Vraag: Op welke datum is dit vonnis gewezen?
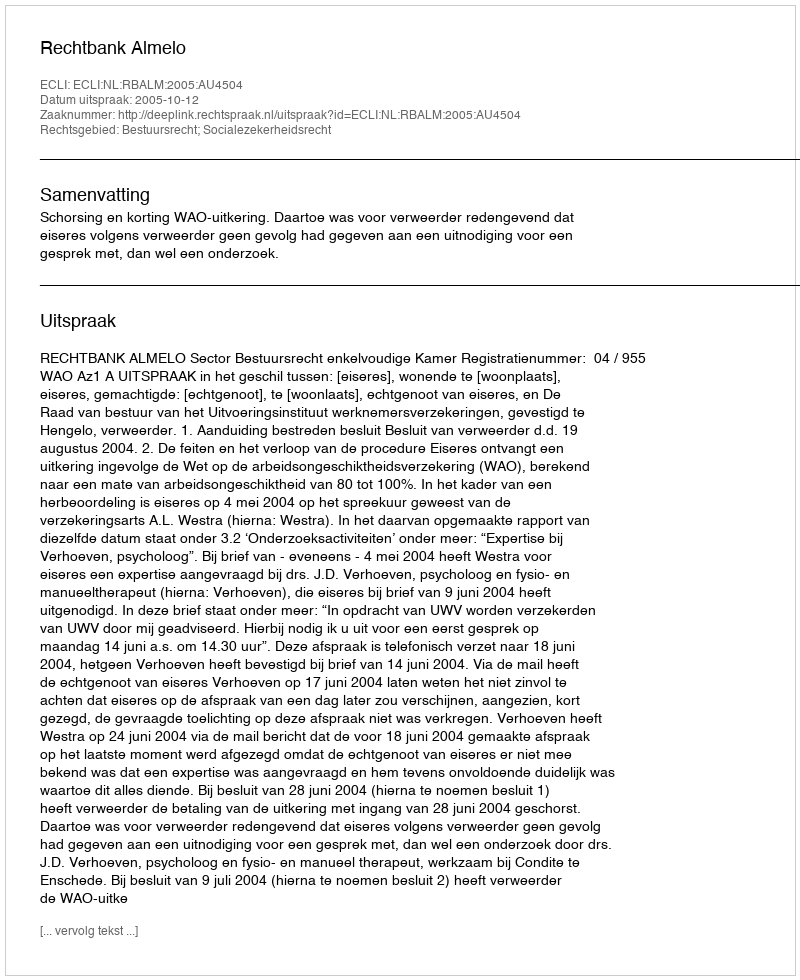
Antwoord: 2005-10-12